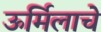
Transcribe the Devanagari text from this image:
ऊर्मिलाचे